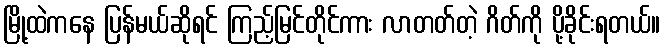
မြို့ထဲကနေ ပြန်မယ်ဆိုရင် ကြည့်မြင်တိုင်ကား လာတတ်တဲ့ ဂိတ်ကို ပို့ခိုင်းရတယ်။